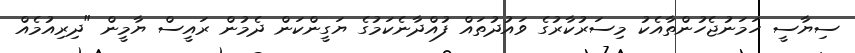
ސިޔާސީ ހަމަނުޖެހުންތާއެކު މިސަރުކާރުގެ ވައުދުތައް ފުއްދާނެކަމުގެ ޔަގީންކަން ދެމުން ރައީސް ޔާމީން "ދިރިއުމެއް